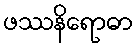
ဖဿနိရောဓာ